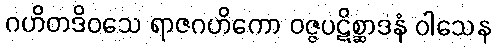
ဂဟိတဒိဝသေ ရာဇဂဟိကော ဝဇ္ဇပဋိစ္ဆာဒနံ ဝါသေန